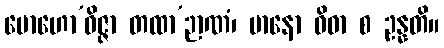
မောဟော’ဝိဇ္ဇာ တထာ’ဉာဏံ၊ မာနော ဝိဓာ စ ဥန္နတိ။